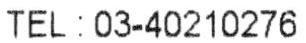
TEL : 03-40210276